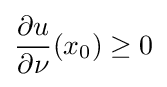
{\frac {\partial u}{\partial \nu }}(x_{0})\geq 0